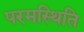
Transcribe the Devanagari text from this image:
परमस्थिति